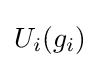
U_{i}(g_{i})